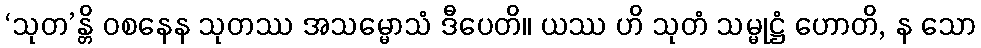
‘သုတ’န္တိ ဝစနေန သုတဿ အသမ္မောသံ ဒီပေတိ။ ယဿ ဟိ သုတံ သမ္မုဋ္ဌံ ဟောတိ, န သော